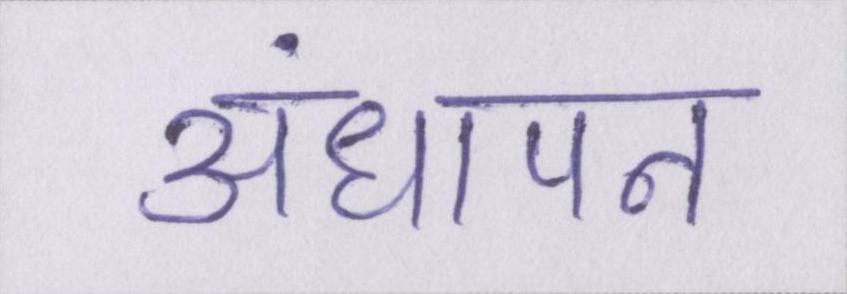
अंधापन